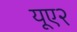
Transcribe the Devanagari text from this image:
यूए२